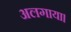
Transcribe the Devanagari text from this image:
अलगाया।